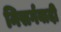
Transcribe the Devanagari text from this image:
निसर्गवादी